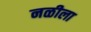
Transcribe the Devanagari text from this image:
नळीला